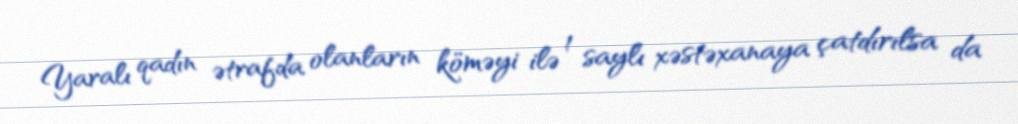
Yaralı qadın ətrafda olanların köməyi ilə 1 saylı xəstəxanaya çatdırılsa da